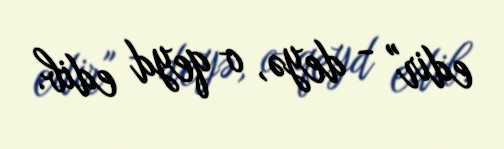
edir" - deyə, o qeyd edib.